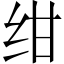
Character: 绀